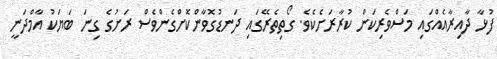
ފުޅާ ދާއިރާއެއްގައި މަސްވެރިކަން ކުރާރަށެކެވެ. ގޯތިތެރޭގައި ދަނޑުގޮވާންކޮށްގެންވެސް ރަށުގެ ގިނަ ބަޔަކު އާމްދަނީ